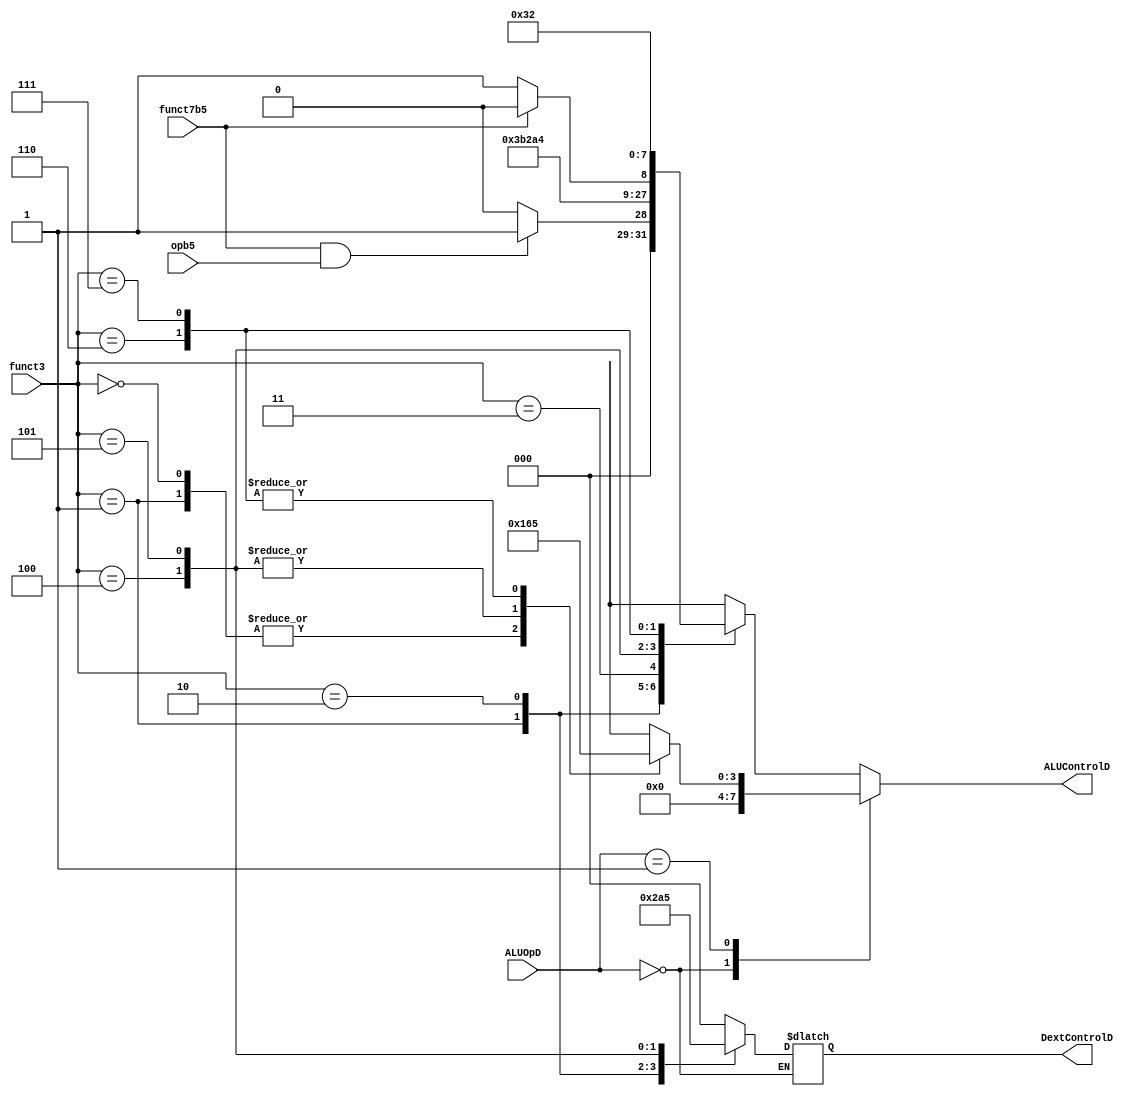
module aludec (
	opb5,
	funct3,
	funct7b5,
	ALUOpD,
	ALUControlD,
	DextControlD
);
	input wire opb5;
	input wire [2:0] funct3;
	input wire funct7b5;
	input wire [1:0] ALUOpD;
	output reg [3:0] ALUControlD;
	output reg [2:0] DextControlD;
	wire RtypeSub;
	assign RtypeSub = funct7b5 & opb5;
	always @(*)
		case (ALUOpD)
			2'b00:
			begin 
			     ALUControlD = 4'b0000; //addition
			     case (funct3)
			         3'b000: DextControlD = 3'b000; //lb, sb
			         3'b001: DextControlD = 3'b001; //lh, sh
			         3'b010: DextControlD = 3'b010; //lw, sw
			         3'b100: DextControlD = 3'b100; //lbu
			         3'b101: DextControlD = 3'b101; //lhu
			         default: DextControlD = 3'bxxx;
			     endcase
			end  

			2'b01: //Braches
				case (funct3)
					3'b000: ALUControlD = 4'b0001; //subtraction
					3'b001: ALUControlD = 4'b0001; //subtraction
					3'b100: ALUControlD = 4'b0110; //set less than
					3'b101: ALUControlD = 4'b0110; //set less than
					3'b110: ALUControlD = 4'b0101; //set less than unsigned
					3'b111: ALUControlD = 4'b0101; //set less than unsigned
					default: ALUControlD = 4'bxxxx;
				endcase
				
			default:
				case (funct3) //R-Type or I-Type
					3'b000:
						if (RtypeSub)
							ALUControlD = 4'b0001; //sub
						else
							ALUControlD = 4'b0000; //add, addi
					3'b001: ALUControlD = 4'b0111; //sll, slli
					3'b010: ALUControlD = 4'b0110; //slt, slti
					3'b011: ALUControlD = 4'b0101; //sltu, sltiu
					3'b100: ALUControlD = 4'b0100; //xor, xori
					3'b101: if(funct7b5) 
								ALUControlD = 4'b1000; //srl, srli
							else
								ALUControlD = 4'b1001; //sra, srai
					3'b110: ALUControlD = 4'b0011; //or, ori
					3'b111: ALUControlD = 4'b0010; //and, andi
					default: ALUControlD = 4'bxxxx; //??
				endcase
		endcase
endmodule